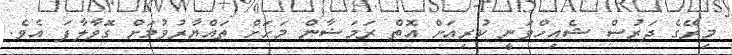
މިރޭގެ ދަރުސް ޝެއިހްވަނީ ކުރިއަށް އޮތް ރަމަޟާން މަހަށް ތައްޔާރުވުމަށް ގޮވާލާފަ އެވެ.